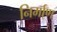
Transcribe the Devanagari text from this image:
निर्मा्ण